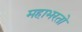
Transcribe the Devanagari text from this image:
महाभरतो